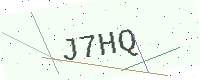
Text: J7HQ